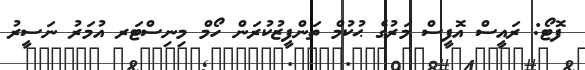
ފޮޓޯ: ރައީސް އޮފީސް މަރުގެ ޙުކުމް ތަންފީޒުކުރަން ހޯމް މިނިސްޓަރ އުމަރު ނަސީރު